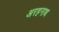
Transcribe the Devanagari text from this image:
अरहनाथ